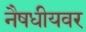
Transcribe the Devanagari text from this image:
नैषधीयवर